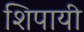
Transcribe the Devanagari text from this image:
शिपायी